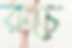
রুচে